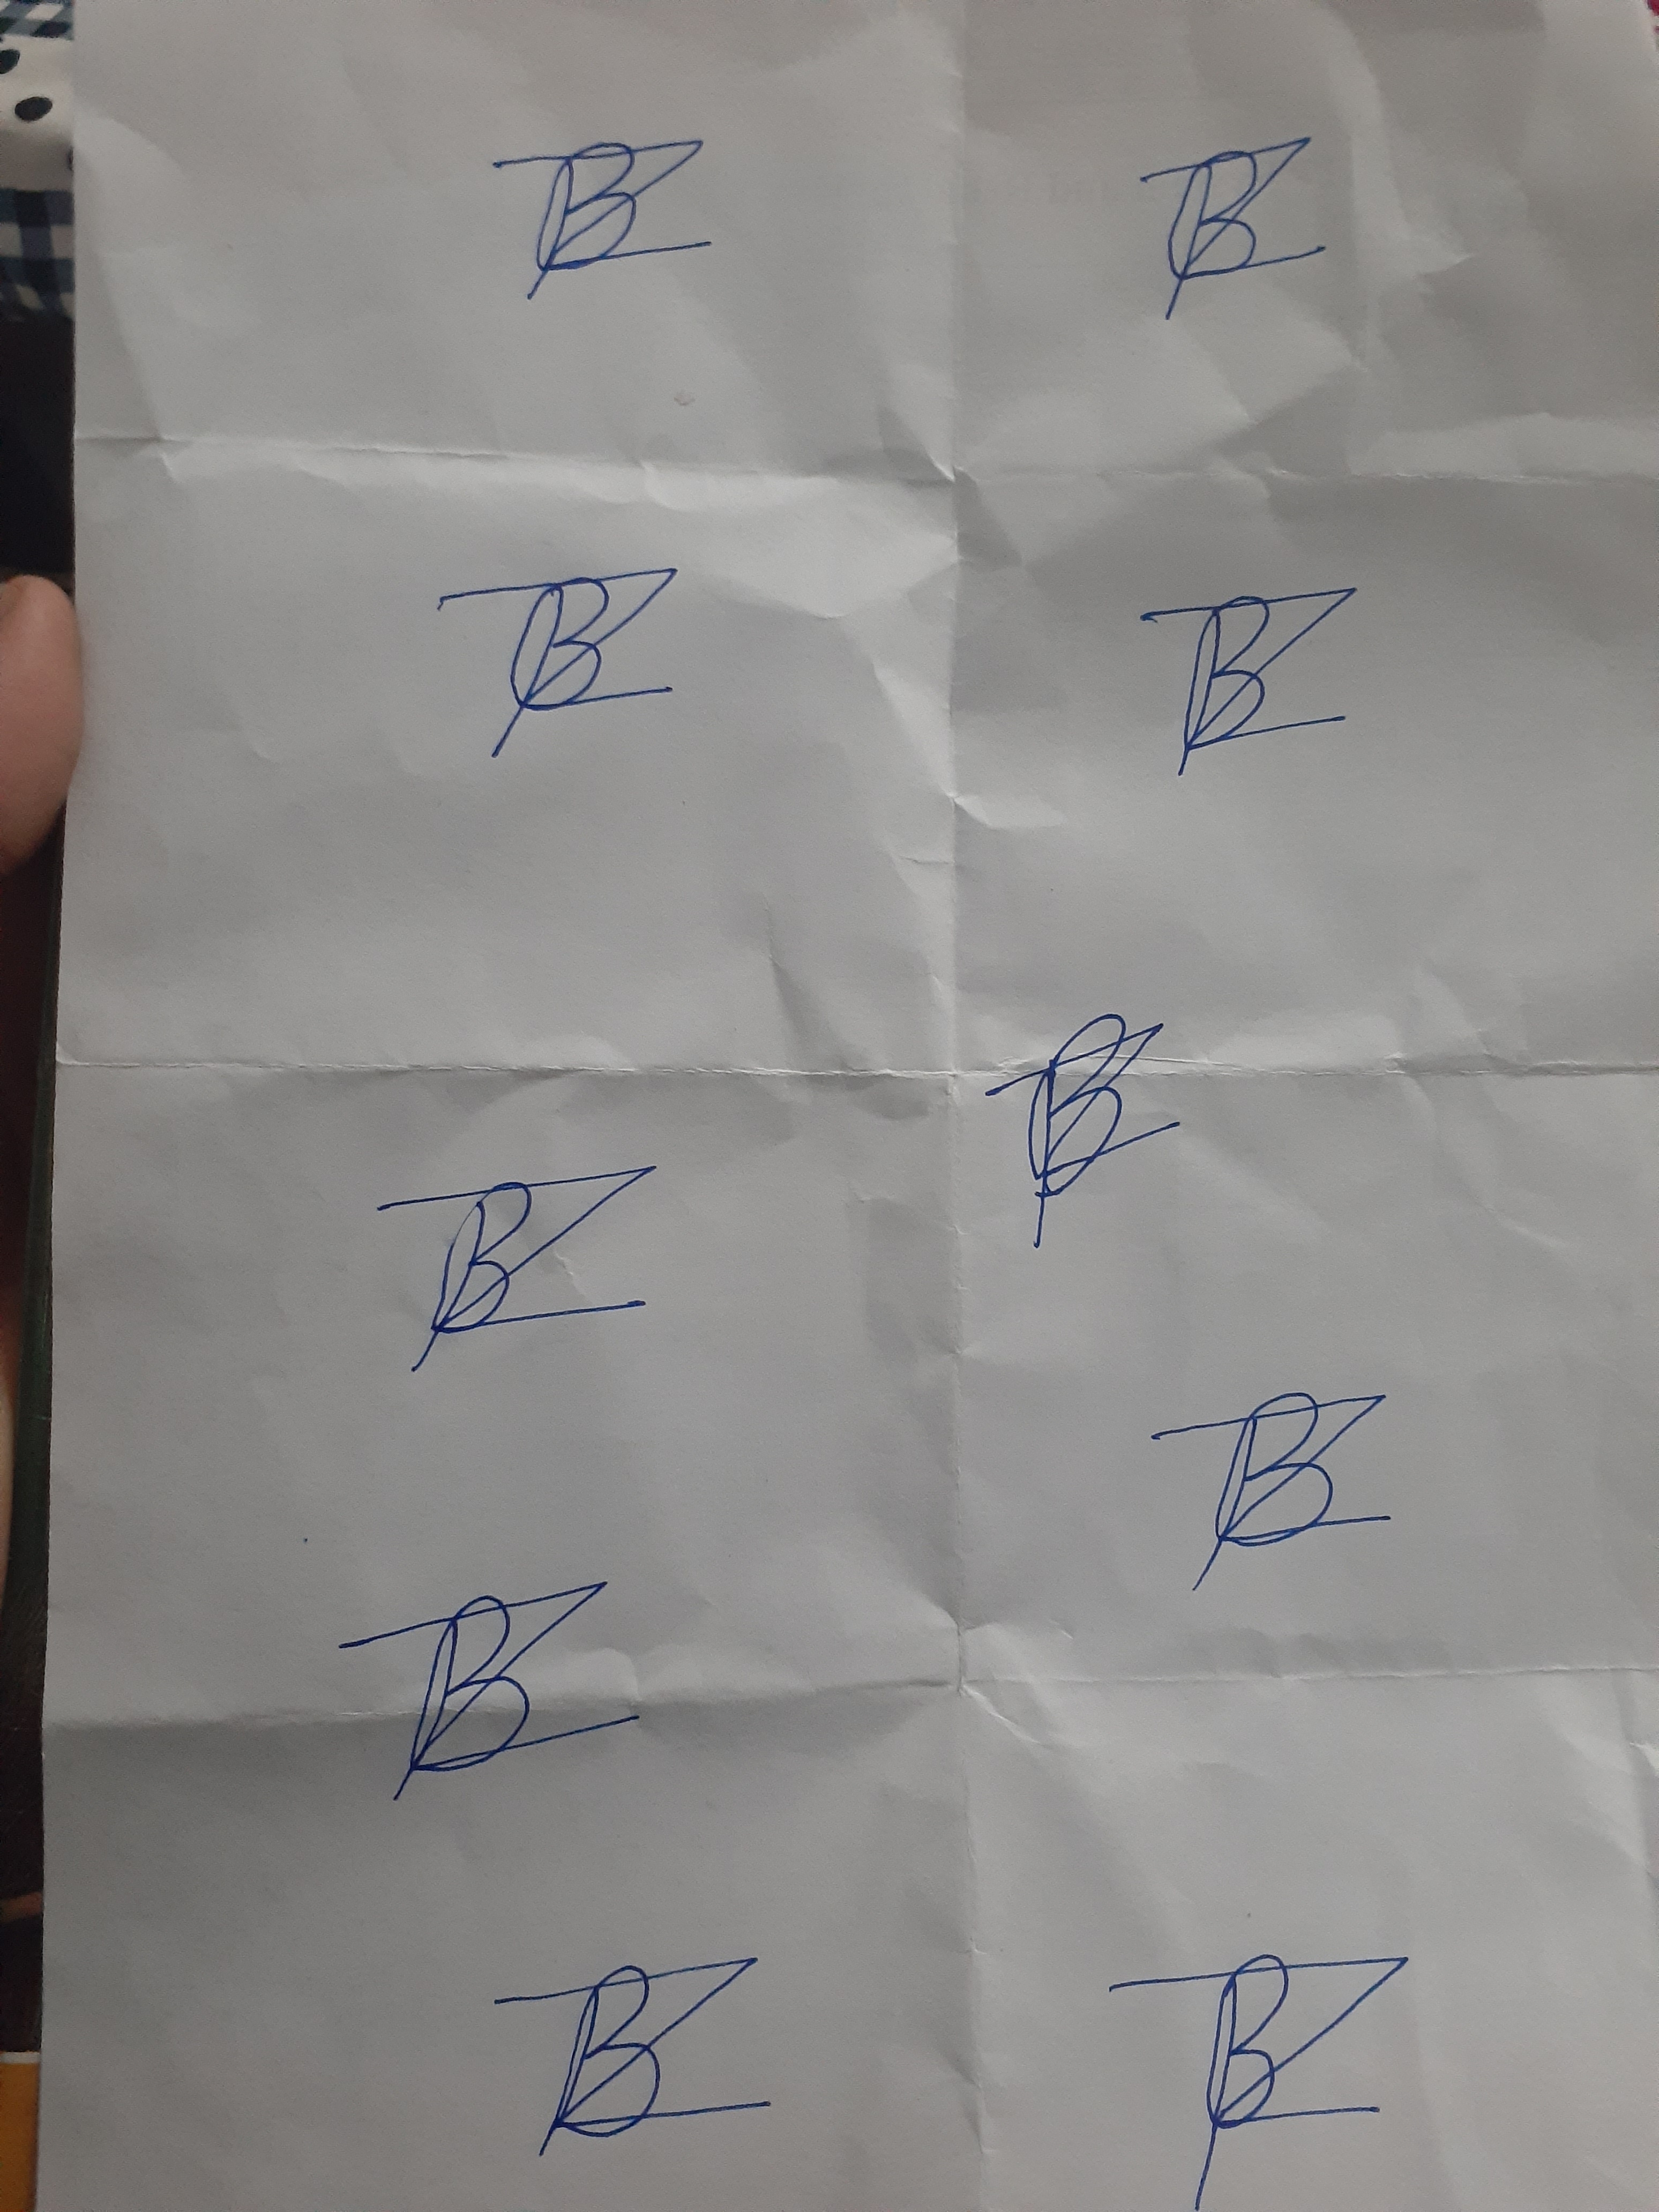
Signature authenticity: forged